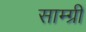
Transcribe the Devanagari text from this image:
साम्ग्री